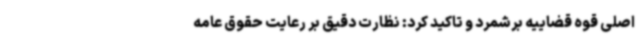
اصلی قوه قضاییه برشمرد و تاکید کرد: نظارت دقیق بر رعایت حقوق عامه